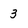
Character: 3